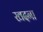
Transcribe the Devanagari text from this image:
खदना